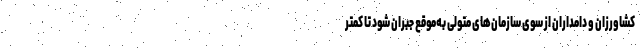
کشاورزان و دامداران از سوی سازمان‌های متولی به‌موقع جبران شود تا کمتر